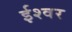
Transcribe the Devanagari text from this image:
र्इश्वर